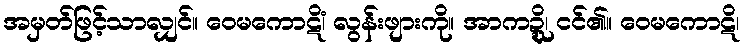
အမှတ်ဖြင့်သာလျှင်။ ဝေမကောဋိံ၊ လွန်းဖျားကို။ အာကဍ္ဍ္ဎိ၊ ငင်၏။ ဝေမကောဋိ၊